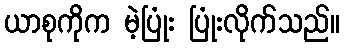
ယာစုကိုက မဲ့ပြုံး ပြုံးလိုက်သည်။